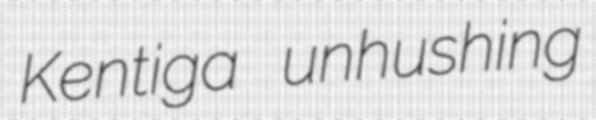
Kentiga unhushing